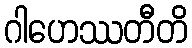
ဂါဟေဿတီတိ